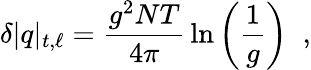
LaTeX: \delta|q|_{t,\ell}={\frac{g^{2}NT}{4\pi}}\ln\left({\frac{1}{g}}\right)\; \; ,